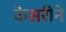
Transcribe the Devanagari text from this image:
केसरीने